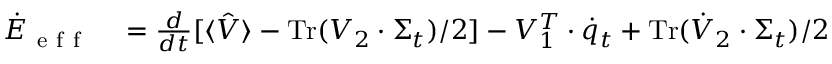
\begin{array} { r l } { \dot { E } _ { \mathrm { ~ e ~ f ~ f ~ } } } & { { } = \frac { d } { d t } [ \langle \hat { V } \rangle - \operatorname { T r } ( V _ { 2 } \cdot \Sigma _ { t } ) / 2 ] - V _ { 1 } ^ { T } \cdot \dot { q } _ { t } + \operatorname { T r } ( \dot { V } _ { 2 } \cdot \Sigma _ { t } ) / 2 } \end{array}